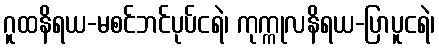
ဂူထနိရယ-မစင်ဘင်ပုပ်ငရဲ၊ ကုက္ကုလနိရယ-ပြာပူငရဲ၊